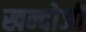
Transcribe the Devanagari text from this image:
खन्दोजी